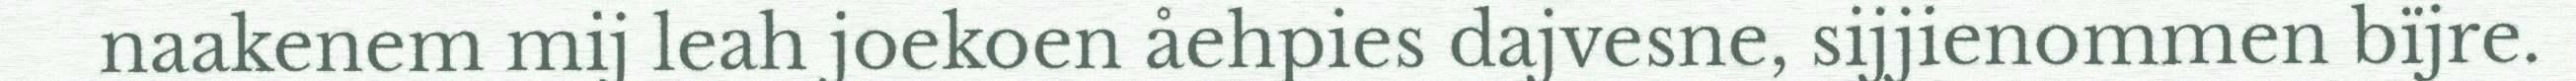
naakenem mij leah joekoen åehpies dajvesne, sijjienommen bïjre.